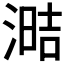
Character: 𰜧